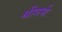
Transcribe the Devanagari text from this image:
श्रीगर्भः